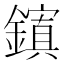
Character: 𮣉